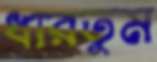
ধারতুম